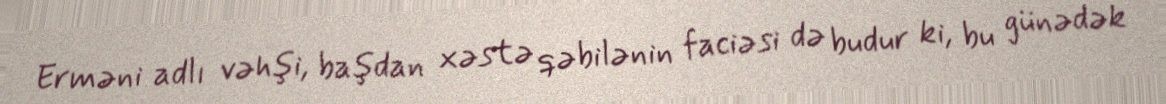
Erməni adlı vəhşi, başdan xəstə qəbilənin faciəsi də budur ki, bu günədək